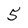
Character: 5